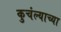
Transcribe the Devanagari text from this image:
कुचंल्याच्या